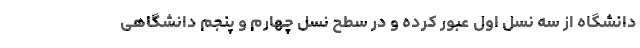
دانشگاه از سه نسل اول عبور کرده و در سطح نسل چهارم و پنجم دانشگاهی